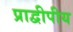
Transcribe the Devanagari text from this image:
प्राद्वीपीय